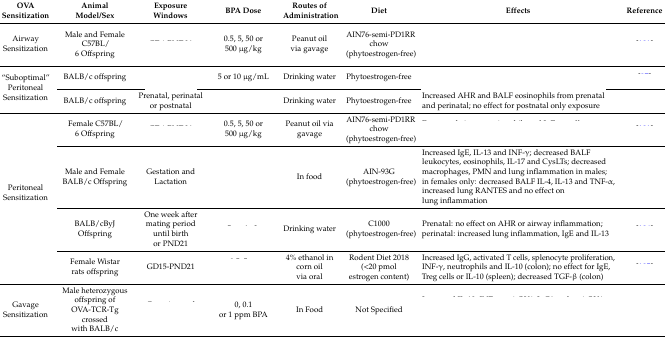
<table><thead><tr><td><b>OVA Sensitization</b></td><td><b>Animal Model/Sex</b></td><td><b>Exposure Windows</b></td><td><b>BPA Dose</b></td><td><b>Routes of Administration</b></td><td><b>Diet</b></td><td><b>Effects</b></td><td><b>Reference</b></td></tr></thead><tbody><tr><td>Airway Sensitization</td><td>Male and Female C57BL/6 Offspring</td><td>[EMPTY_CELL]</td><td>0.5, 5, 50 or 500 μg/kg</td><td>Peanut oil via gavage</td><td>AIN76-semi-PD1RR chow (phytoestrogen-free)</td><td>[EMPTY_CELL]</td><td>[EMPTY_CELL]</td></tr><tr><td rowspan="2">“Suboptimal” Peritoneal Sensitization</td><td>BALB/c offspring</td><td>[EMPTY_CELL]</td><td>5 or 10 μg/mL</td><td>Drinking water</td><td>Phytoestrogen-free</td><td>[EMPTY_CELL]</td><td>[EMPTY_CELL]</td></tr><tr><td>BALB/c offspring</td><td>Prenatal, perinatal or postnatal</td><td>[EMPTY_CELL]</td><td>Drinking water</td><td>Phytoestrogen-free</td><td>Increased AHR and BALF eosinophils from prenatal and perinatal; no effect for postnatal only exposure</td><td>[EMPTY_CELL]</td></tr><tr><td rowspan="4">Peritoneal Sensitization</td><td>Female C57BL/6 Offspring</td><td>[EMPTY_CELL]</td><td>0.5, 5, 50 or 500 μg/kg</td><td>Peanut oil via gavage</td><td>AIN76-semi-PD1RR chow (phytoestrogen-free)</td><td>[EMPTY_CELL]</td><td>[EMPTY_CELL]</td></tr><tr><td>Male and Female BALB/c Offspring</td><td>Gestation and Lactation</td><td>[EMPTY_CELL]</td><td>In food</td><td>AIN-93G (phytoestrogen-free)</td><td>Increased IgE, IL-13 and INF-γ; decreased BALF leukocytes, eosinophils, IL-17 and CysLTs; decreased macrophages, PMN and lung inflammation in males; in females only: decreased BALF IL-4, IL-13 and TNF-α, increased lung RANTES and no effect on lung inflammation</td><td>[EMPTY_CELL]</td></tr><tr><td>BALB/cByJ Offspring</td><td>One week after mating period until birth or PND21</td><td>[EMPTY_CELL]</td><td>Drinking water</td><td>C1000 (phytoestrogen-free)</td><td>Prenatal: no effect on AHR or airway inflammation; perinatal: increased lung inflammation, IgE and IL-13</td><td>[EMPTY_CELL]</td></tr><tr><td>Female Wistar rats offspring</td><td>GD15-PND21</td><td>[EMPTY_CELL]</td><td>4% ethanol in corn oil via oral</td><td>Rodent Diet 2018 (&lt;20 pmol estrogen content)</td><td>Increased IgG, activated T cells, splenocyte proliferation, INF-γ, neutrophils and IL-10 (colon); no effect for IgE, Treg cells or IL-10 (spleen); decreased TGF-β (colon)</td><td>[EMPTY_CELL]</td></tr><tr><td>Gavage Sensitization</td><td>Male heterozygous offspring of OVA-TCR-Tg crossed with BALB/c</td><td>[EMPTY_CELL]</td><td>0, 0.1 or 1 ppm BPA</td><td>In Food</td><td>Not Specified</td><td>[EMPTY_CELL]</td><td>[EMPTY_CELL]</td></tr></tbody></table>